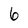
Character: 6